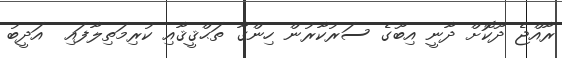
ރާއްޖެ ދޫކޮށް ދާނީ އިިބޫގެ ސަރުކާރުން ހިންގާ ތަޙްޤީޤާއި ކުރިމަތިލާފައި  އަދީބު